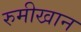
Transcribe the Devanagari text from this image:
रुमीखान